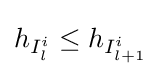
h_{I_{l}^{i}}\leq h_{I_{l+1}^{i}}